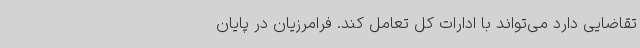
تقاضایی دارد می‌تواند با ادارات کل تعامل کند. فرامرزیان در پایان